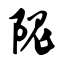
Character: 隗